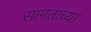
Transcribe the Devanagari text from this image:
सामंताच्या